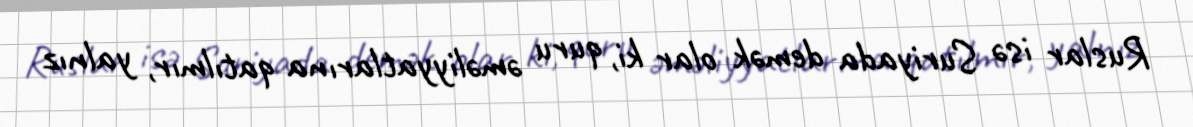
Ruslar isə Suriyada demək olar ki, quru əməliyyatlarına qatılmır, yalnız